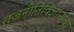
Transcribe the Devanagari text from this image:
राजनीतिविज्ञानाचा